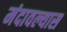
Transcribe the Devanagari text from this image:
मंदावल्यास